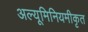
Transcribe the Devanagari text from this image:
अल्यूमिनियमीकृत